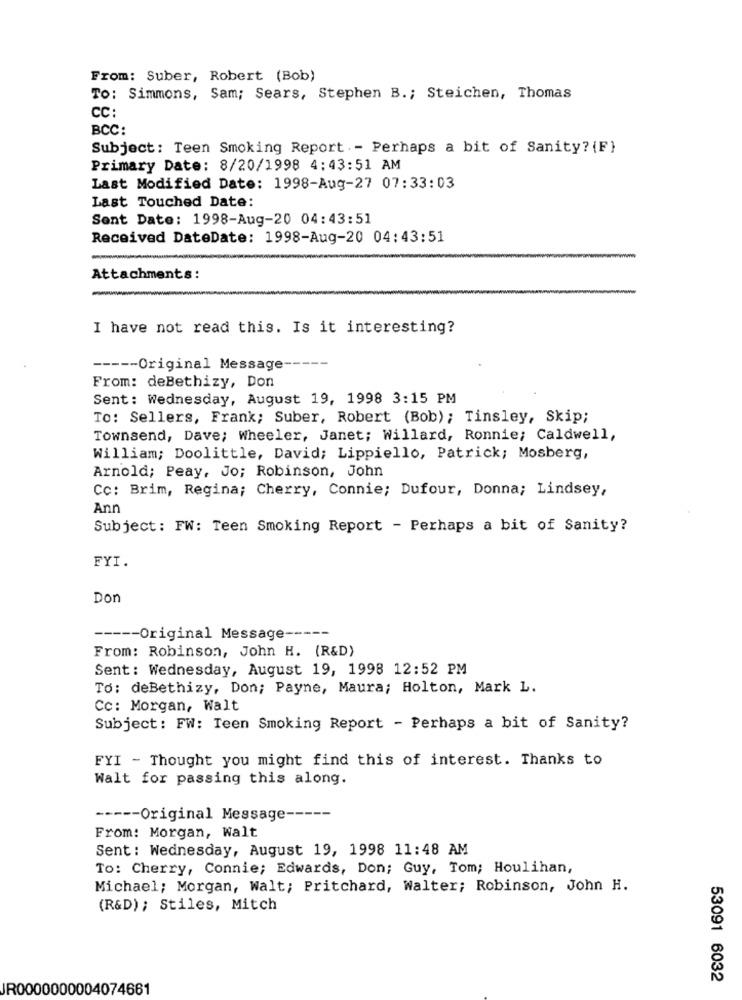
From: Suber, Robert (Bob)
TO: Simmons, Sam; Sears, Stephen B .; Steichen, Thomas
CC:
BCC:
Subject: Teen Smoking Report .- Perhaps a bit of Sanity? {F}
Primary Date: 8/20/1998 4:43:51 AM
Last Modified Date: 1998-Aug-27 07:33:03
Last Touched Date:
Sent Date: 1998-Aug-20 04:43:51
Received DateDate: 1998-Aug-20 04:43:51
Attachments:
I have not read this. Is it interesting?
----- Original Message -----
From: deBethizy, Don
Sent: Wednesday, August 19, 1998 3:15 PM
To: Sellers, Frank; Suber, Robert (Bob); Tinsley, Skip;
Townsend, Dave; Wheeler, Janet; Willard, Ronnie; Caldwell,
William; Doolittle, David; Lippiello, Patrick; Mosberg,
Arnold; Peay, Jo; Robinson, John
Cc: Brim, Regina; Cherry, Connie; Dufour, Donna; Lindsey,
Ann
Subject : FW: Teen Smoking Report - Perhaps a bit of Sanity?
FYI.
Don
----- Original Message -----
From: Robinson, John H. (R&D)
Sent: Wednesday, August 19, 1998 12:52 PM
To: deBethizy, Don; Payne, Maura; Holton, Mark L.
Cc: Morgan, Walt
Subject: FW: Teen Smoking Report - Perhaps a bit of Sanity?
FYI - Thought you might find this of interest. Thanks to
Walt for passing this along.
----- Original Message -----
From: Morgan, Walt
Sent: Wednesday, August 19, 1998 11:48 AM
To: Cherry, Connie; Edwards, Don; Guy, Tom; Houlihan,
Michael; Morgan, Walt; Pritchard, Walter; Robinson, John H.
(R&D); Stiles, Mitch
53091 6032
JR0000000004074661